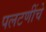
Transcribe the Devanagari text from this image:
पलटणींचे